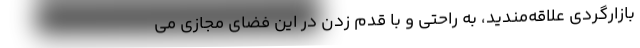
بازارگردی علاقه‌مندید، به راحتی و با قدم زدن در این فضای مجازی می